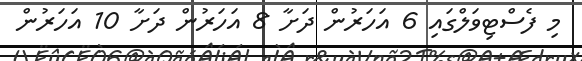
މި ފެސްޓިވަލްގައި 6 އަހަރުން ދަށާ 8 އަހަރުން ދަށާ 10 އަހަރުން